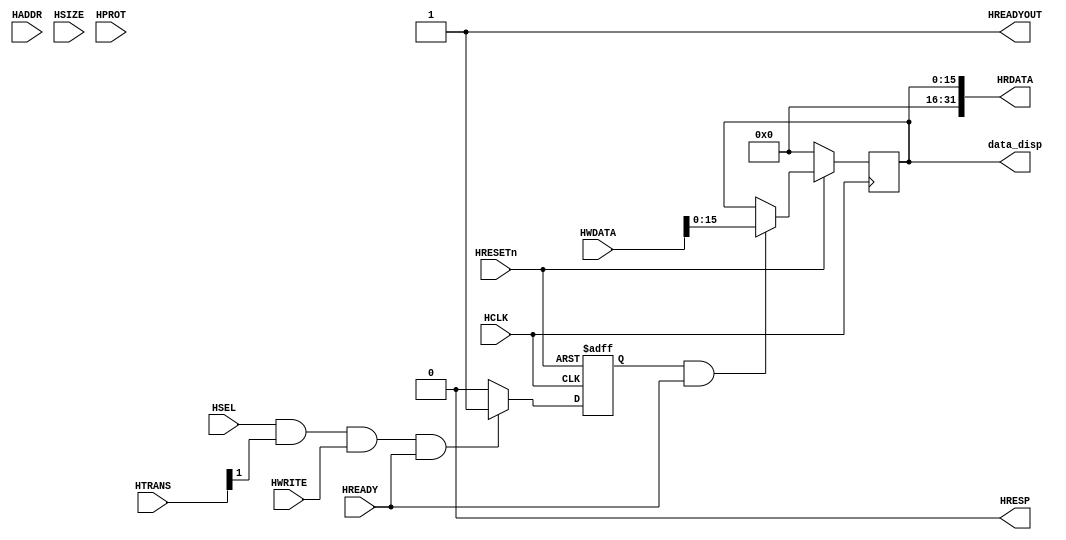
module AHBlite_SEG(
    input  wire          HCLK,    
    input  wire          HRESETn, 
    input  wire          HSEL,    
    input  wire   [31:0] HADDR,   
    input  wire    [1:0] HTRANS,  
    input  wire    [2:0] HSIZE,   
    input  wire    [3:0] HPROT,   
    input  wire          HWRITE,  
    input  wire   [31:0] HWDATA,  
    input  wire          HREADY,  
    output wire          HREADYOUT, 
    output wire   [31:0] HRDATA,  
    output wire          HRESP,
	
    output reg     [15:0]data_disp 
);

assign HRESP = 1'b0;
assign HREADYOUT = 1'b1;

wire write_en;
assign write_en = HSEL & HTRANS[1] & HWRITE & HREADY;

//pipe line
reg wr_en_reg;
always@(posedge HCLK or negedge HRESETn) begin
  if(~HRESETn) wr_en_reg <= 1'b0;
  else if(write_en) wr_en_reg <= 1'b1;
  else wr_en_reg <= 1'b0;
end

always@(posedge HCLK) begin
    if(~HRESETn) 
		data_disp <= 16'd0;
	else if(wr_en_reg && HREADY) begin
        data_disp <= HWDATA[15:0];
    end
end

assign HRDATA = {16'b0,data_disp};

endmodule